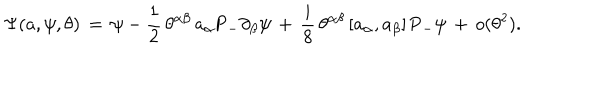
\Psi ( a , \psi , \theta ) \, = \, \psi - \frac { 1 } { 2 } \, \theta ^ { \alpha \beta } \, a _ { \alpha } \mathrm { P } _ { - } \partial _ { \beta } \psi \, + \, \frac { i } { 8 } \, \theta ^ { \alpha \beta } \, [ a _ { \alpha } , a _ { \beta } ] \, \mathrm { P } _ { - } \psi \, + \, o ( \theta ^ { 2 } ) .